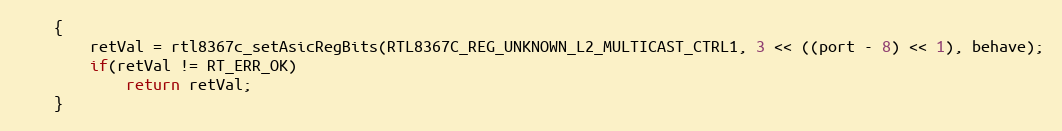
Language: C
    {
        retVal = rtl8367c_setAsicRegBits(RTL8367C_REG_UNKNOWN_L2_MULTICAST_CTRL1, 3 << ((port - 8) << 1), behave);
        if(retVal != RT_ERR_OK)
            return retVal;
    }